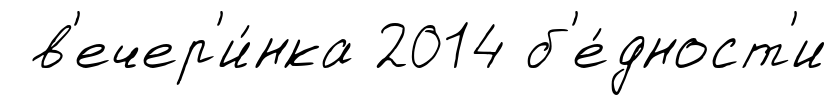
в'ечер'и́нка 2014 б'е́дност'и